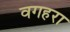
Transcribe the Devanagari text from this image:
वगहरा